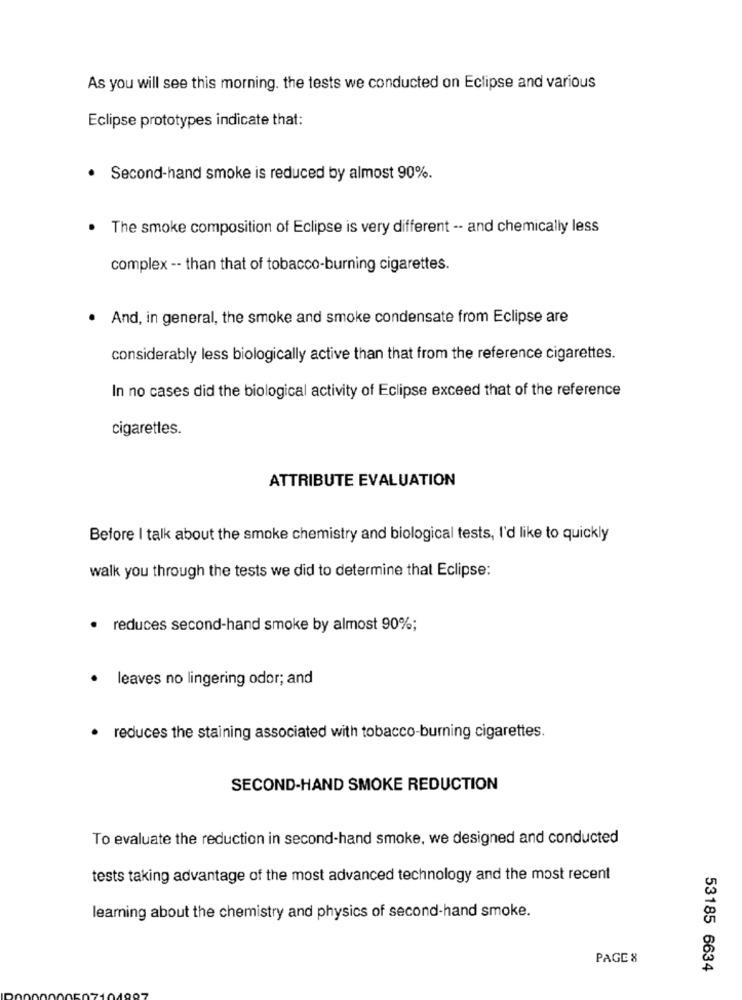
As you will see this morning. the tests we conducted on Eclipse and various
Eclipse prototypes indicate that:
· Second-hand smoke is reduced by almost 90%.
The smoke composition of Eclipse is very different -- and chemically less
complex -- than that of tobacco-burning cigarettes.
. And, in general, the smoke and smoke condensate from Eclipse are
considerably less biologically active than that from the reference cigarettes.
In no cases did the biological activity of Eclipse exceed that of the reference
cigarettes.
ATTRIBUTE EVALUATION
Before I talk about the smoke chemistry and biological tests, I'd like to quickly
walk you through the tests we did to determine that Eclipse:
· reduces second-hand smoke by almost 90%;
leaves no lingering odor; and
· reduces the staining associated with tobacco-burning cigarettes.
SECOND-HAND SMOKE REDUCTION
To evaluate the reduction in second-hand smoke, we designed and conducted
tests taking advantage of the most advanced technology and the most recent
learning about the chemistry and physics of second-hand smoke.
PAGE 8
53185 6634